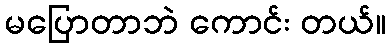
မပြောတာဘဲ ကောင်း တယ်။